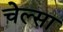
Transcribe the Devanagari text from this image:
चेल्सा